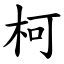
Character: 柯